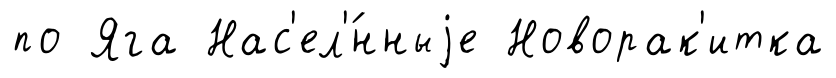
по Яга Нас'ел'́нныjе Новорак'итка